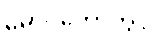
မောင်တောတွင်